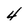
Character: 4